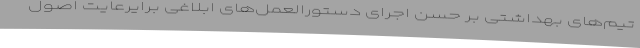
تیم‌های بهداشتی بر حسن اجرای دستورالعمل‌های ابلاغی برایرعایت اصول